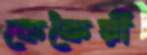
কেকৈয়ী